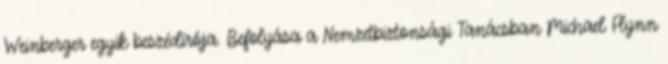
Weinberger egyik beszédírója. Befolyása a Nemzetbiztonsági Tanácsban Michael Flynn